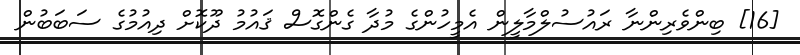
[16] ބިންވެރިންނާ ރައުސުލްމާލީން އެމީހުންގެ މުދާ ގެންގޮސް ޤައުމު ދޫކޮށް ދިއުމުގެ ސަބަބުން